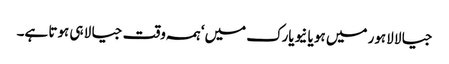
جیالا لاہور میں ہو یا نیویارک میں‘ ہمہ وقت جیالا ہی ہوتا ہے۔